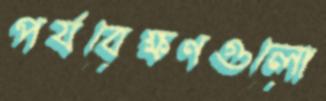
পর্যবেক্ষণগুলো